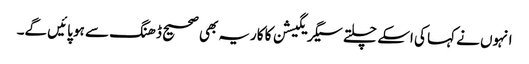
انہوں نے کہا کی اسکے چلتے سیگریگیشن کا کاریہ بھی صحیح ڈھنگ سے ہو پائیں گے۔